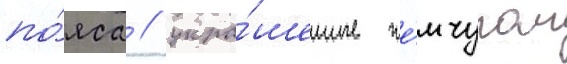
по́яса / укра́шенные же́мчугом